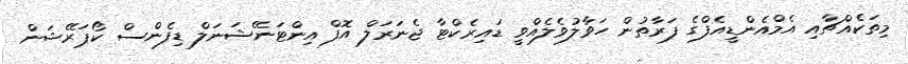
މިތަކެއްޗާއި އެމްއެންޑީއެފްގެ ފަރާތުން ހަވާލުވެލެއްވީ ޑައިރެކްޓާ ޖެނަރަލް އޮފް އިންޓަނޭޝަނަލް ޑިފެންސް ކޯޕަރޭޝަން